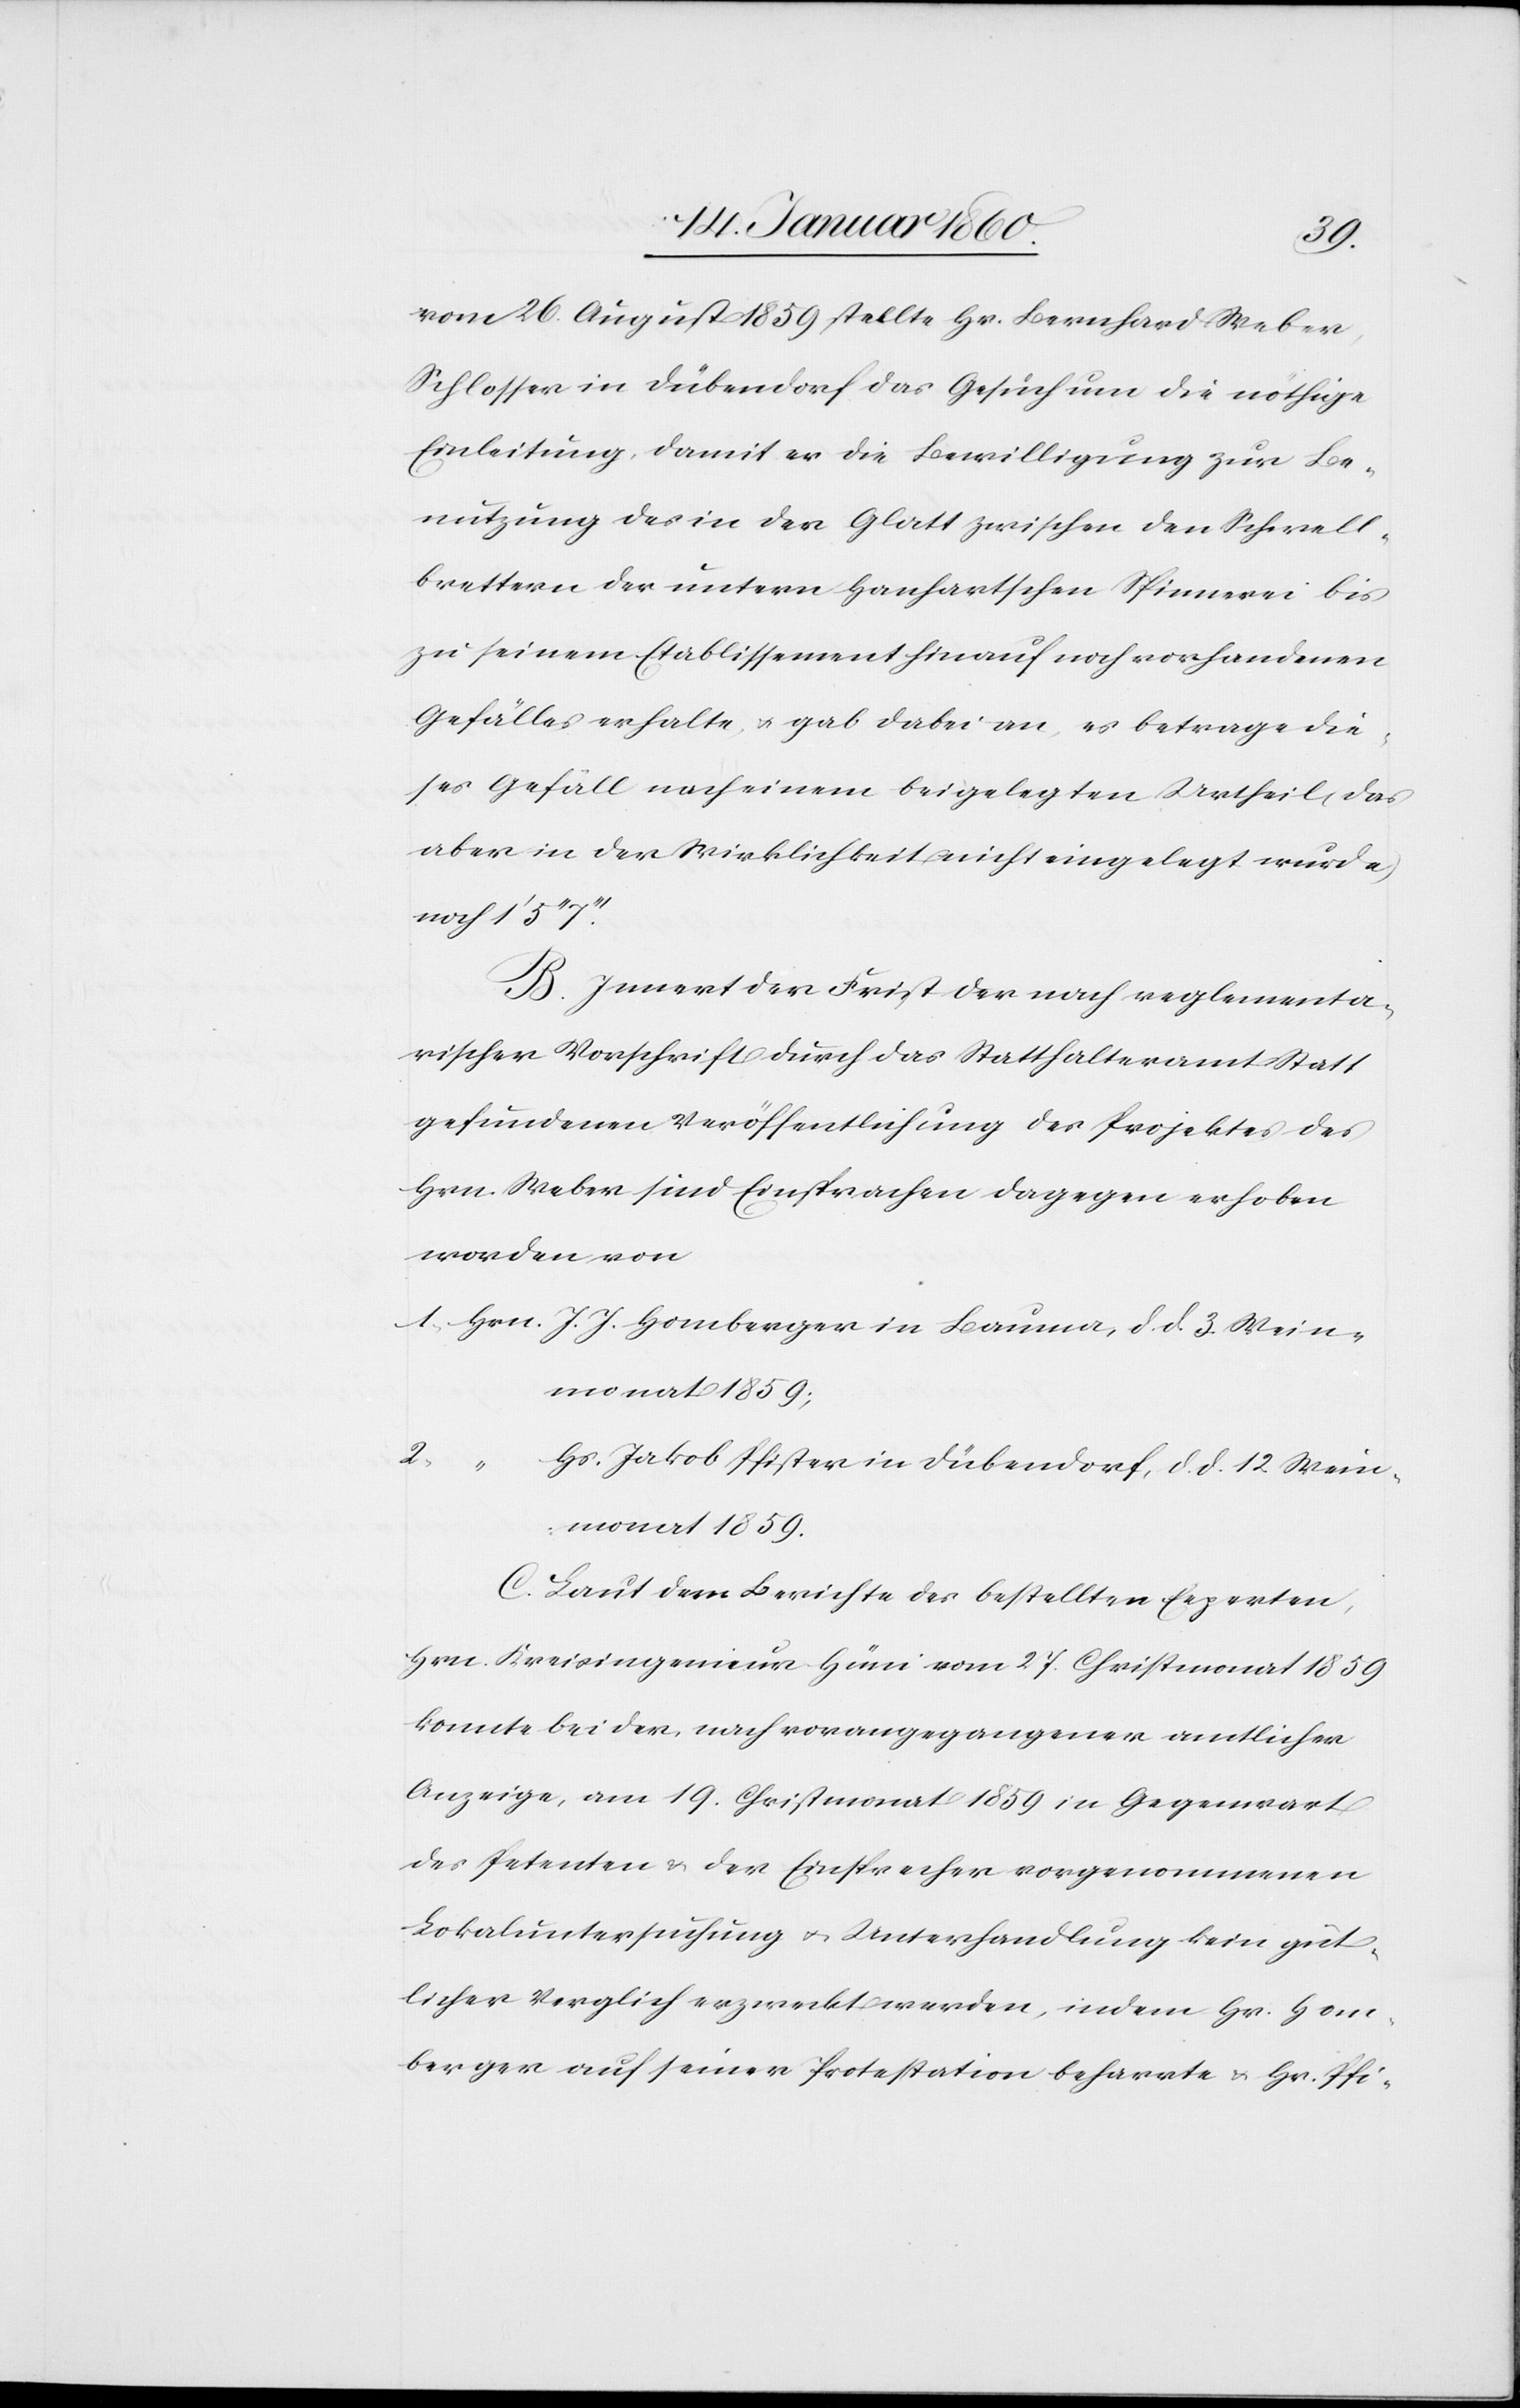
vom 26. August 1859 stellte Hr. Bernhard Weber,
Schlosser in Dübendorf das Gesuch um die nöthige
Einleitung, damit er die Bewilligung zur Be¬
nutzung der in der Glatt zwischen den Schwell¬
brettern der untern Hanhartschen Spinnerei bis
zu seinem Etablissement hinauf noch vorhandenen
Gefälles erhalte, u. gab dabei an, es betrage die¬
ses Gefäll nach einem beigelegten Urtheil (das
aber in der Wirklichkeit nicht eingelegt wurde)
noch 1’
B. Innert der Frist der nach reglementa¬
rischer Vorschrift durch das Statthalteramt statt
gefundenen Veröffentlichung des Projektes des
Hrn. Weber sind Einsprachen dagegen erhoben
1. Hrn. J. J. Homberger in Bauma, d. d. 3. Wein¬
monat 1859.
2.
Hs. Jakob Pfister in Dübendorf, d. d. 12. Wein¬
worden.
monat 1859.
C. Laut dem Berichte der bestellten Experten,
Hrn. Kreisingenieur Hüni vom 27. Christmonat 1859
konnte bei der, nach vorangegangener amtlicher
Anzeige, am 19. Christmonat 1859 in Gegenwart
des Petenten u. der Einsprecher vorgenommenen
Lokaluntersuchung u. Unterhandlung kein güt¬
licher Vergleich erzweckt werden, indem Hr. Hom¬
beger auf seiner Protestation beharrte u. Hr. Pfi-